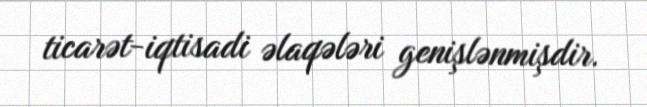
ticarət-iqtisadi əlaqələri genişlənmişdir.